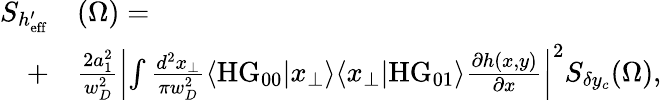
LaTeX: \begin{array}{rl}{S_{h_{\mathrm{eff}}^{\prime}}}&{{}(\Omega)=}\\ {+}&{{}\frac{2a_{1}^{2}}{w_{D}^{2}}\left|\int\frac{d^{2}x_{\perp}}{\pi w_{D}^{2}}\langle\mathrm{HG}_{00}|x_{\perp}\rangle\langle x_{\perp}|\mathrm{HG}_{01}\rangle\frac{\partial h(x,y)}{\partial x}\right|^{2}S_{\delta y_{c}}(\Omega),}\end{array}